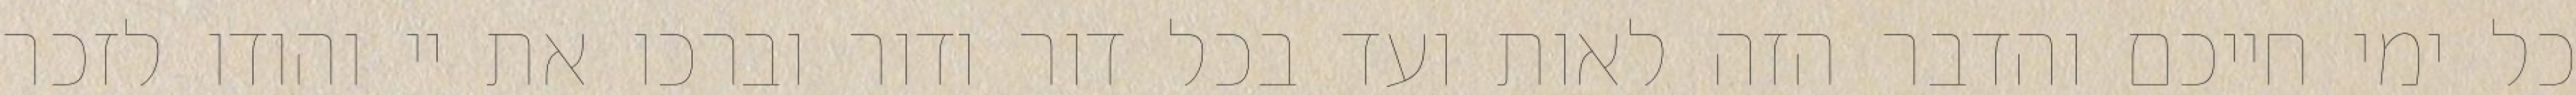
כל ימי חייכם והדבר הזה לאות ועד בכל דור ודור וברכו את יי והודו לזכר